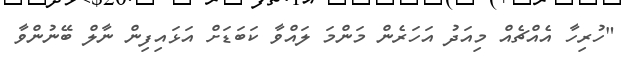
"ހުރިހާ އެއްޗެއް މިއަދު އަހަރެން މަންމަ ލައްވާ ކަބަޑަށް އަޅައިފިން ނާލް ބޭނުންވާ